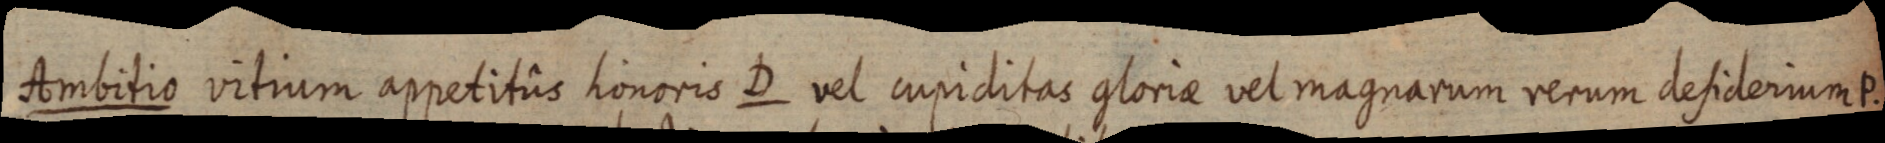
Ambitio vitium appetitûs honoris D vel cupiditas gloriae vel magnarum rerum defiderium P.